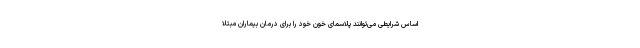
اساس شرایطی می‌توانند پلاسمای خون خود را برای درمان بیماران مبتلا